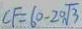
C F = 6 0 - 2 0 \sqrt { 3 }